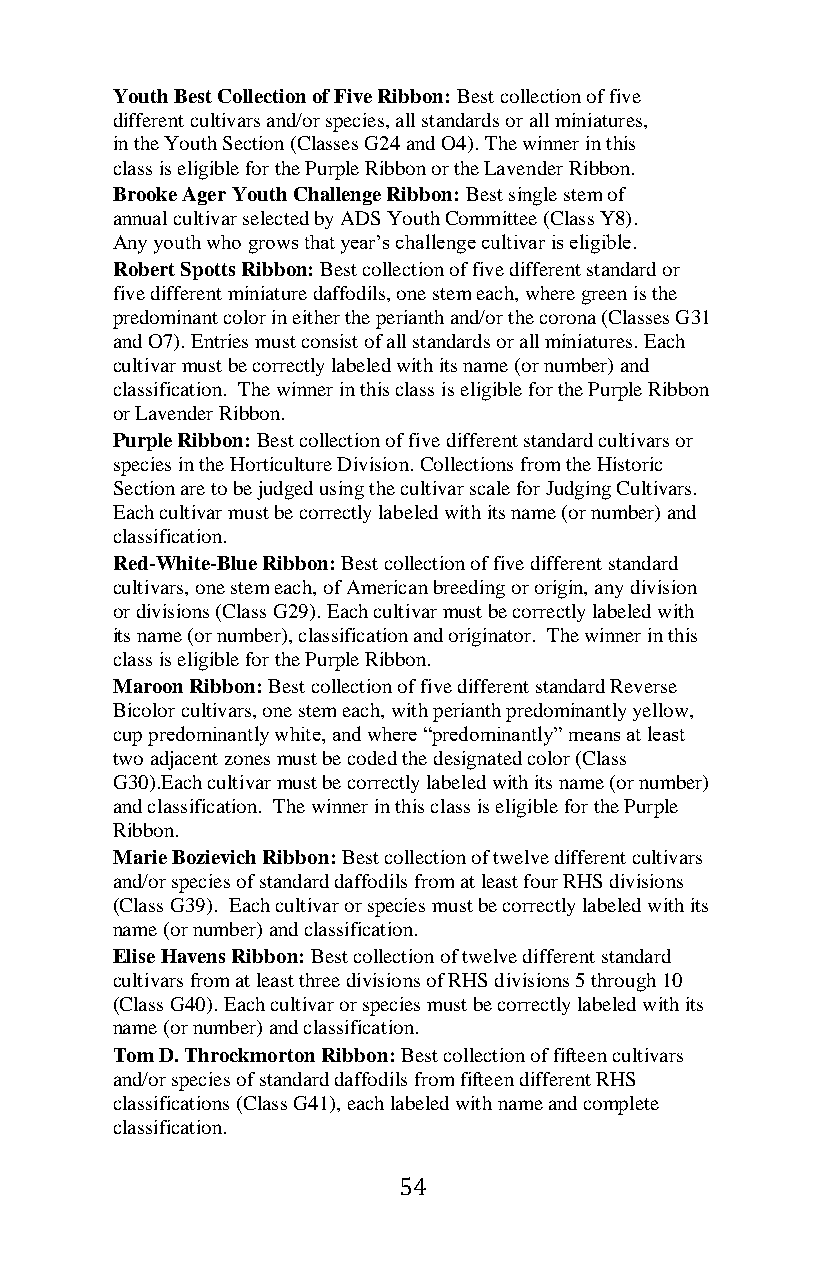
Youth Best Collection of Five Ribbon: Best collection of five
 different cultivars and/or species, all standards or all miniatures,
 in the Youth Section (Classes G24 and O4). The winner in this
 class is eligible for the Purple Ribbon or the Lavender Ribbon.
 Brooke Ager Youth Challenge Ribbon: Best single stem of
 annual cultivar selected by ADS Youth Committee (Class Y8).
 Any youth who grows that year’s challenge cultivar is eligible.
 Robert Spotts Ribbon: Best collection of five different standard or
 five different miniature daffodils, one stem each, where green is the
 predominant color in either the perianth and/or the corona (Classes G31
 and O7). Entries must consist of all standards or all miniatures. Each
 cultivar must be correctly labeled with its name (or number) and
 classification. The winner in this class is eligible for the Purple Ribbon
 or Lavender Ribbon.
 Purple Ribbon: Best collection of five different standard cultivars or
 species in the Horticulture Division. Collections from the Historic
 Section are to be judged using the cultivar scale for Judging Cultivars.
 Each cultivar must be correctly labeled with its name (or number) and
 classification.
 Red-White-Blue Ribbon: Best collection of five different standard
 cultivars, one stem each, of American breeding or origin, any division
 or divisions (Class G29). Each cultivar must be correctly labeled with
 its name (or number), classification and originator. The winner in this
 class is eligible for the Purple Ribbon.
 Maroon Ribbon: Best collection of five different standard Reverse
 Bicolor cultivars, one stem each, with perianth predominantly yellow,
 cup predominantly white, and where “predominantly” means at least
 two adjacent zones must be coded the designated color (Class
 G30).Each cultivar must be correctly labeled with its name (or number)
 and classification. The winner in this class is eligible for the Purple
 Ribbon.
 Marie Bozievich Ribbon: Best collection of twelve different cultivars
 and/or species of standard daffodils from at least four RHS divisions
 (Class G39). Each cultivar or species must be correctly labeled with its
 name (or number) and classification.
 Elise Havens Ribbon: Best collection of twelve different standard
 cultivars from at least three divisions of RHS divisions 5 through 10
 (Class G40). Each cultivar or species must be correctly labeled with its
 name (or number) and classification.
 Tom D. Throckmorton Ribbon: Best collection of fifteen cultivars
 and/or species of standard daffodils from fifteen different RHS
 classifications (Class G41), each labeled with name and complete
 classification.
 54